Calcutta medical institutions reports 1879-81 [i.e.91]
Year: 1879
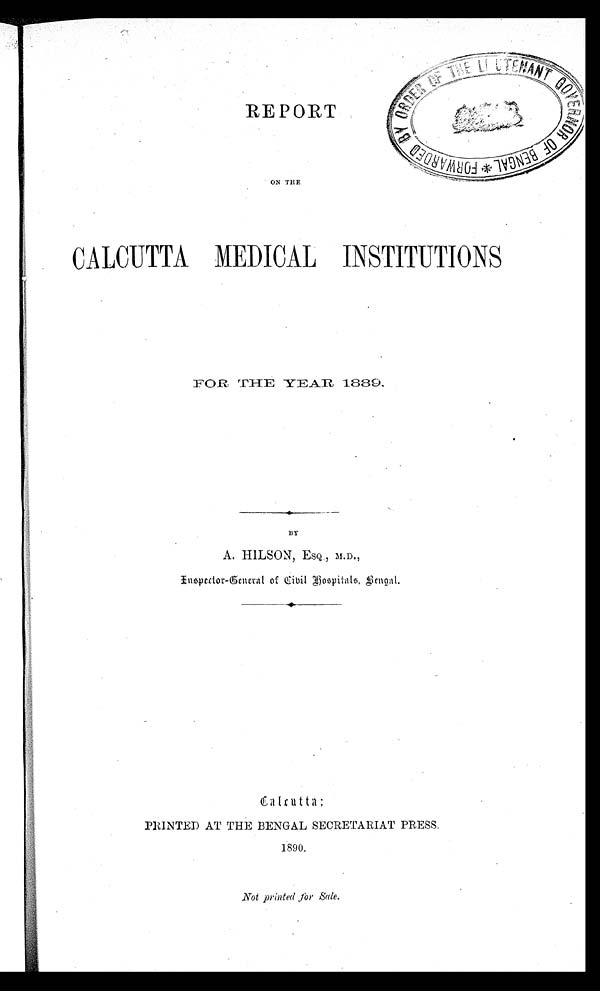
REPORT
ON THE
CALCUTTA MEDICAL INSTITUTIONS
FOR THE YEAR 1889.
BY
A. HILSON, ESQ. , M.D.,
Inspector-General of Civil Hospital Bengal.
PRINTED AT THE BENGAL SECRETARIAT PRESS.
1890.
Not printed for Sale.